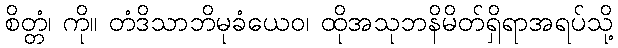
စိတ္တံ၊ ကို။ တံဒိသာဘိမုခံယေဝ၊ ထိုအသုဘနိမိတ်ရှိရာအရပ်သို့